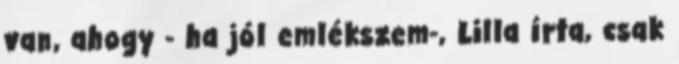
van, ahogy - ha jól emlékszem-, Lilla írta, csak